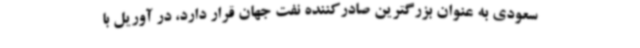
سعودی به عنوان بزرگترین صادرکننده نفت جهان قرار دارد، در آوریل با